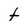
Character: t